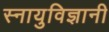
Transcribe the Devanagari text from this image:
स्नायुविज्ञानी